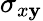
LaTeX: \sigma_{x\mathbf{y}}